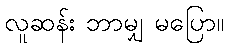
လူဆန်း ဘာမျှ မပြော။